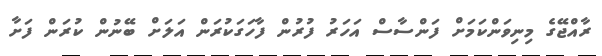
ރާއްޖޭގެ މިނިވަންކަމަށް ފަންސާސް އަހަރު ފުރުން ފާހަގަކުރަން އަލަށް ބޭނުން ކުރަން ފަށާ